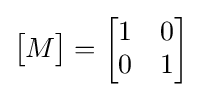
{\begin{bmatrix}M\end{bmatrix}}={\begin{bmatrix}1&0\\0&1\end{bmatrix}}